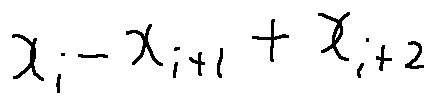
x _ { i } - x _ { i + 1 } + x _ { i + 2 }